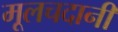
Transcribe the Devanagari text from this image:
मूलचदानी